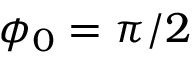
\phi _ { 0 } = \pi / 2